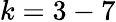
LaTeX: k=3-7